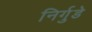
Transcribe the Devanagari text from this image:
निर्गुडे